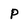
Character: p